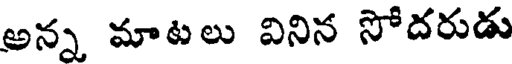
అన్న మాటలు వినిన సోదరుడు